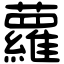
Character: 蘿